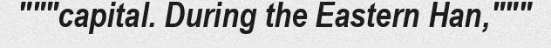
"""capital. During the Eastern Han,"""